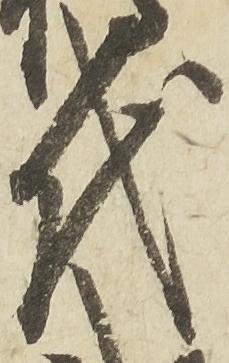
代